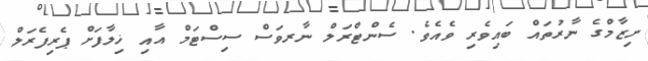
ނިޒާމްގެ ނާރުތައް ބައިވެރި ވެއެވެ. ސެންޓްރަލް ނާރވަސް ސިސްޓަމް އާއި ޚިލާފަށް ޕެރިފެރަލް